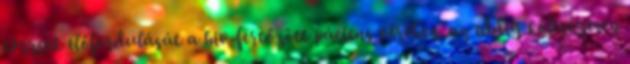
törzsek előfordulását a hiv-fertőzött páciens vérében. az eddig költségesen